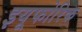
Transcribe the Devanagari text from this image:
इयूफोरिक